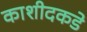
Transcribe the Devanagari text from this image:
काशीदकडे